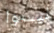
ليسوا